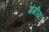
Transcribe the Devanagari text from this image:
गंगीय